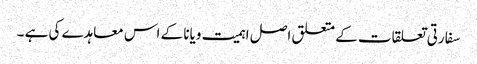
سفارتی تعلقات کے متعلق اصل اہمیت ویانا کے اس معاہدے کی ہے ۔